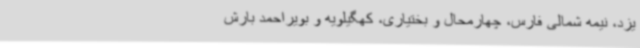
یزد، نیمه شمالی فارس، چهارمحال و بختیاری، کهگیلویه و بویراحمد بارش